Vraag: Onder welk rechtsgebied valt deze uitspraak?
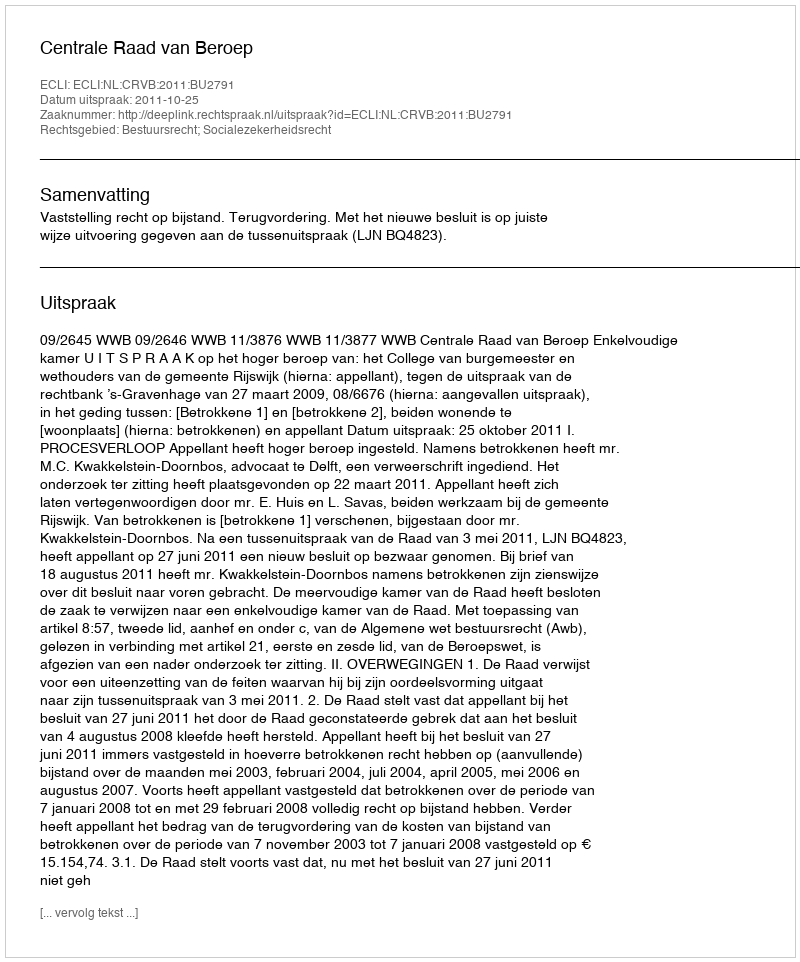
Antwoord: Bestuursrecht; Socialezekerheidsrecht